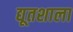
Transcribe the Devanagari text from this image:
द्यूतशाला